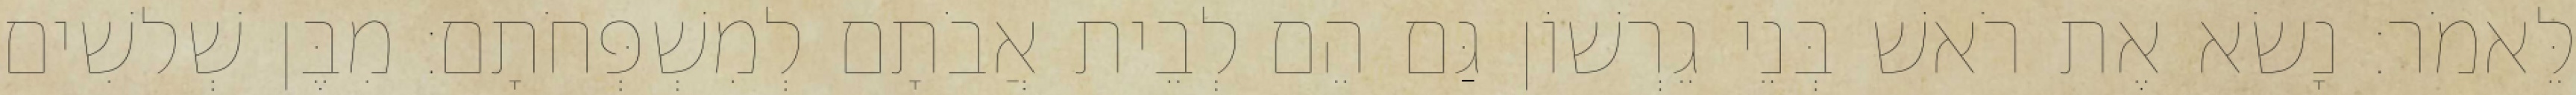
לֵּאמֹר׃ נָשׂא אֶת רֹאשׁ בְּנֵי גֵרְשׁוֹן גַּם הֵם לְבֵית אֲבֹתָם לְמִשְׁפְּחֹתָם׃ מִבֶּן שְׁלשִׁים